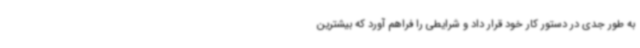
به طور جدی در دستور کار خود قرار داد و شرایطی را فراهم آورد که بیشترین